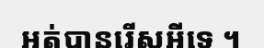
អត់បានរើសអីទេ ។